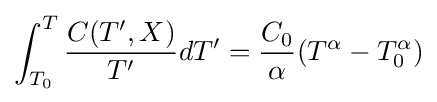
\int _{T_{0}}^{T}{\frac {C(T',X)}{T'}}dT'={\frac {C_{0}}{\alpha }}(T^{\alpha }-T_{0}^{\alpha })